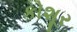
કોશૂર